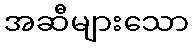
အဆီများသော